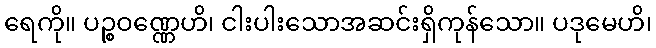
ရေကို။ ပဉ္စဝဏ္ဏေဟိ၊ ငါးပါးသောအဆင်းရှိကုန်သော။ ပဒုမေဟိ၊